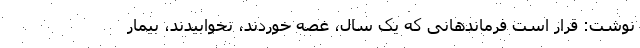
نوشت: قرار است فرماندهانی که یک سال، غصه خوردند، نخوابیدند، بیمار